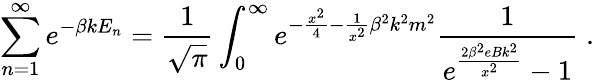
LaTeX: \sum_{n=1}^{\infty}e^{-\beta kE_{n}}=\frac{1}{\sqrt{\pi}}\int_{0}^{\infty}e^{-\frac{x^{2}}{4}-\frac{1}{x^{2}}{\beta}^{2}k^{2}m^{2}}\frac{1}{e^{\frac{2{\beta}^{2}eBk^{2}}{x^{2}}}-1}\; .